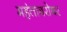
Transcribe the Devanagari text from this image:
महंताबरोबर